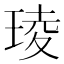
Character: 𤦫